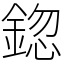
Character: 鍃